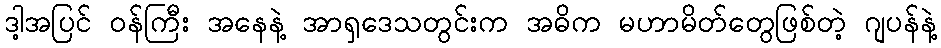
ဒါ့အပြင် ဝန်ကြီး အနေနဲ့ အာရှဒေသတွင်းက အဓိက မဟာမိတ်တွေဖြစ်တဲ့ ဂျပန်နဲ့